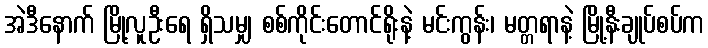
အဲဒီနောက် မြို့လူဦးရေ ရှိသမျှ စစ်ကိုင်းတောင်ရိုးနဲ့ မင်းကွန်း၊ မတ္တရာနဲ့ မြို့နီးချုပ်စပ်က